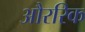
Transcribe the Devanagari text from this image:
औररिक